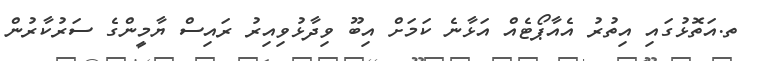
ތ.އަތޮޅުގައި އިތުރު އެއާޕޯޓެއް އަޅާނެ ކަމަށް އިބޫ ވިދާޅުވިއިރު ރައިސް ޔާމީންގެ ސަރުކާރުން